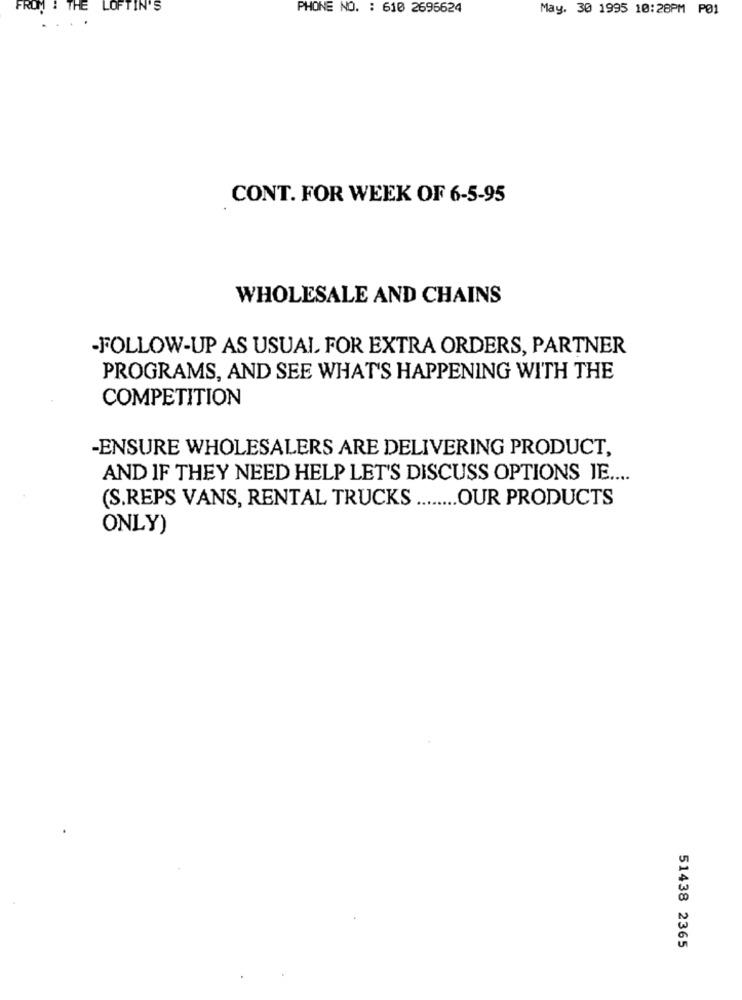
FROM : THE
LOFTIN'S
PHONE NO. : 610 2696624
May. 30 1995 10:28PM PØ1
CONT. FOR WEEK OF 6-5-95
WHOLESALE AND CHAINS
-FOLLOW-UP AS USUAL FOR EXTRA ORDERS, PARTNER
PROGRAMS, AND SEE WHAT'S HAPPENING WITH THE
COMPETITION
-ENSURE WHOLESALERS ARE DELIVERING PRODUCT,
AND IF THEY NEED HELP LET'S DISCUSS OPTIONS JE ....
(S.REPS VANS, RENTAL TRUCKS
OUR PRODUCTS
ONLY)
51438 2365